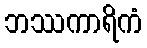
ဘဿကာရိကံ